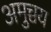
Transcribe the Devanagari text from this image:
अमुच्चय